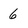
Character: 6